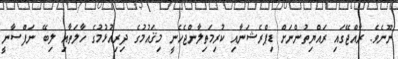
ނޫނެވެ. ރާއްޖޭގައި ރައްޔިތުންނަށް ޑިޕްރެޝަނާއި ކުރިމަތިލާންޖެހެނީ މިޤައުމުގެ ދިރިއުޅުމުގެ ހާލަތާއި ލިބޭ ނަފްސާނީ